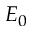
E _ { 0 }